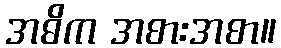
အဓိက အစားအစာ။